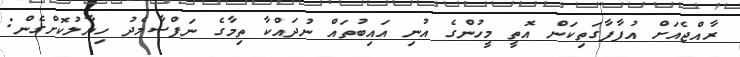
ރާއްޖެއަށް އުފާފާގަތިކަން އޮތީ މީހުންގެ އުނި އައިބުތައް ނުދައްކާ ތިމާގެ ނަފްސާމެދު ހިޔާލުކޮށްގެން: